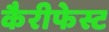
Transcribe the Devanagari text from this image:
कैरीफेस्ट